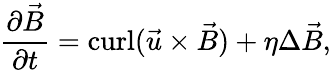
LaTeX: {\frac{\partial{\vec{B}}}{\partial t}}=\mathrm{curl}({\vec{u}}\times{\vec{B}})+\eta\Delta{\vec{B}},